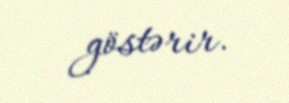
göstərir.